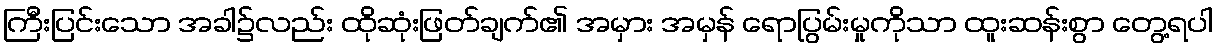
ကြီးပြင်းသော အခါ၌လည်း ထိုဆုံးဖြတ်ချက်၏ အမှား အမှန် ရောပြွမ်းမှုကိုသာ ထူးဆန်းစွာ တွေ့ရပါ